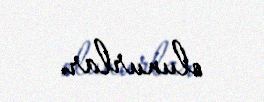
olunurlar.